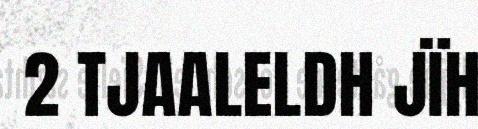
2 TJAALELDH JÏH